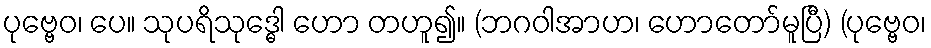
ပုဗ္ဗေဝ၊ ပေ။ သုပရိသုဒ္ဓေါ ဟော တဟူ၍။ (ဘဂဝါအာဟ၊ ဟောတော်မူပြီ) (ပုဗ္ဗေဝ၊